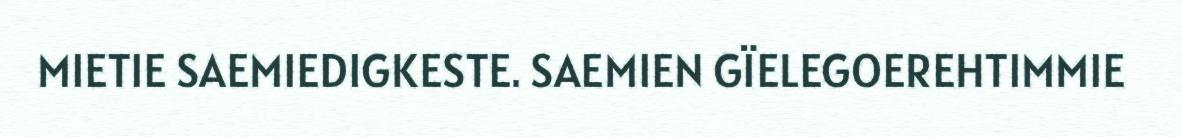
MIETIE SAEMIEDIGKESTE. SAEMIEN GÏELEGOEREHTIMMIE